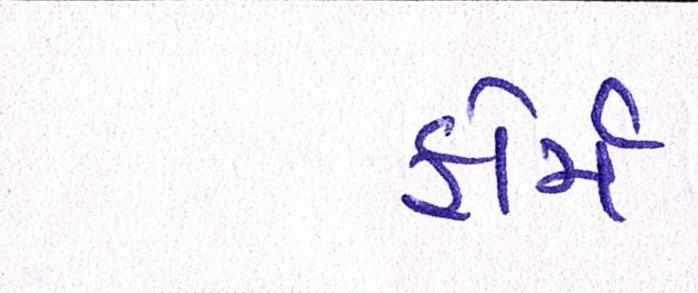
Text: ફોર્મ